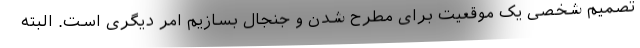
تصمیم شخصی یک موقعیت برای مطرح شدن و جنجال بسازیم امر دیگری است. البته